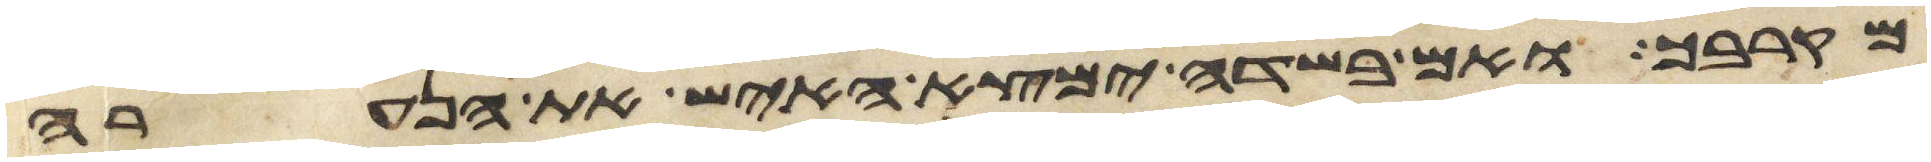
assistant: מקרבך ואם בשדה ימצא האיש את הנערה